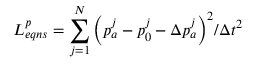
L _ { e q n s } ^ { p } = \sum _ { j = 1 } ^ { N } { { { \left( { { p } _ { a } ^ { j } } - { { p } _ { 0 } ^ { j } } - \Delta { { p } _ { a } ^ { j } } \right) } ^ { 2 } } / \Delta { { t } ^ { 2 } } }